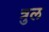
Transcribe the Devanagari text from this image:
त्रुल